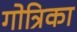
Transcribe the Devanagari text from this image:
गोत्रिका